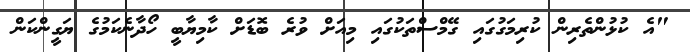
"އެ ކުޅުންތެރިން ކުރިމަގުގައި ގޭމްސްތަކުގައި މިއަށް ވުރެ ބޮޑަށް ކާމިޔާބީ ހޯދާނެކަމުގެ ޔަގީންކަން